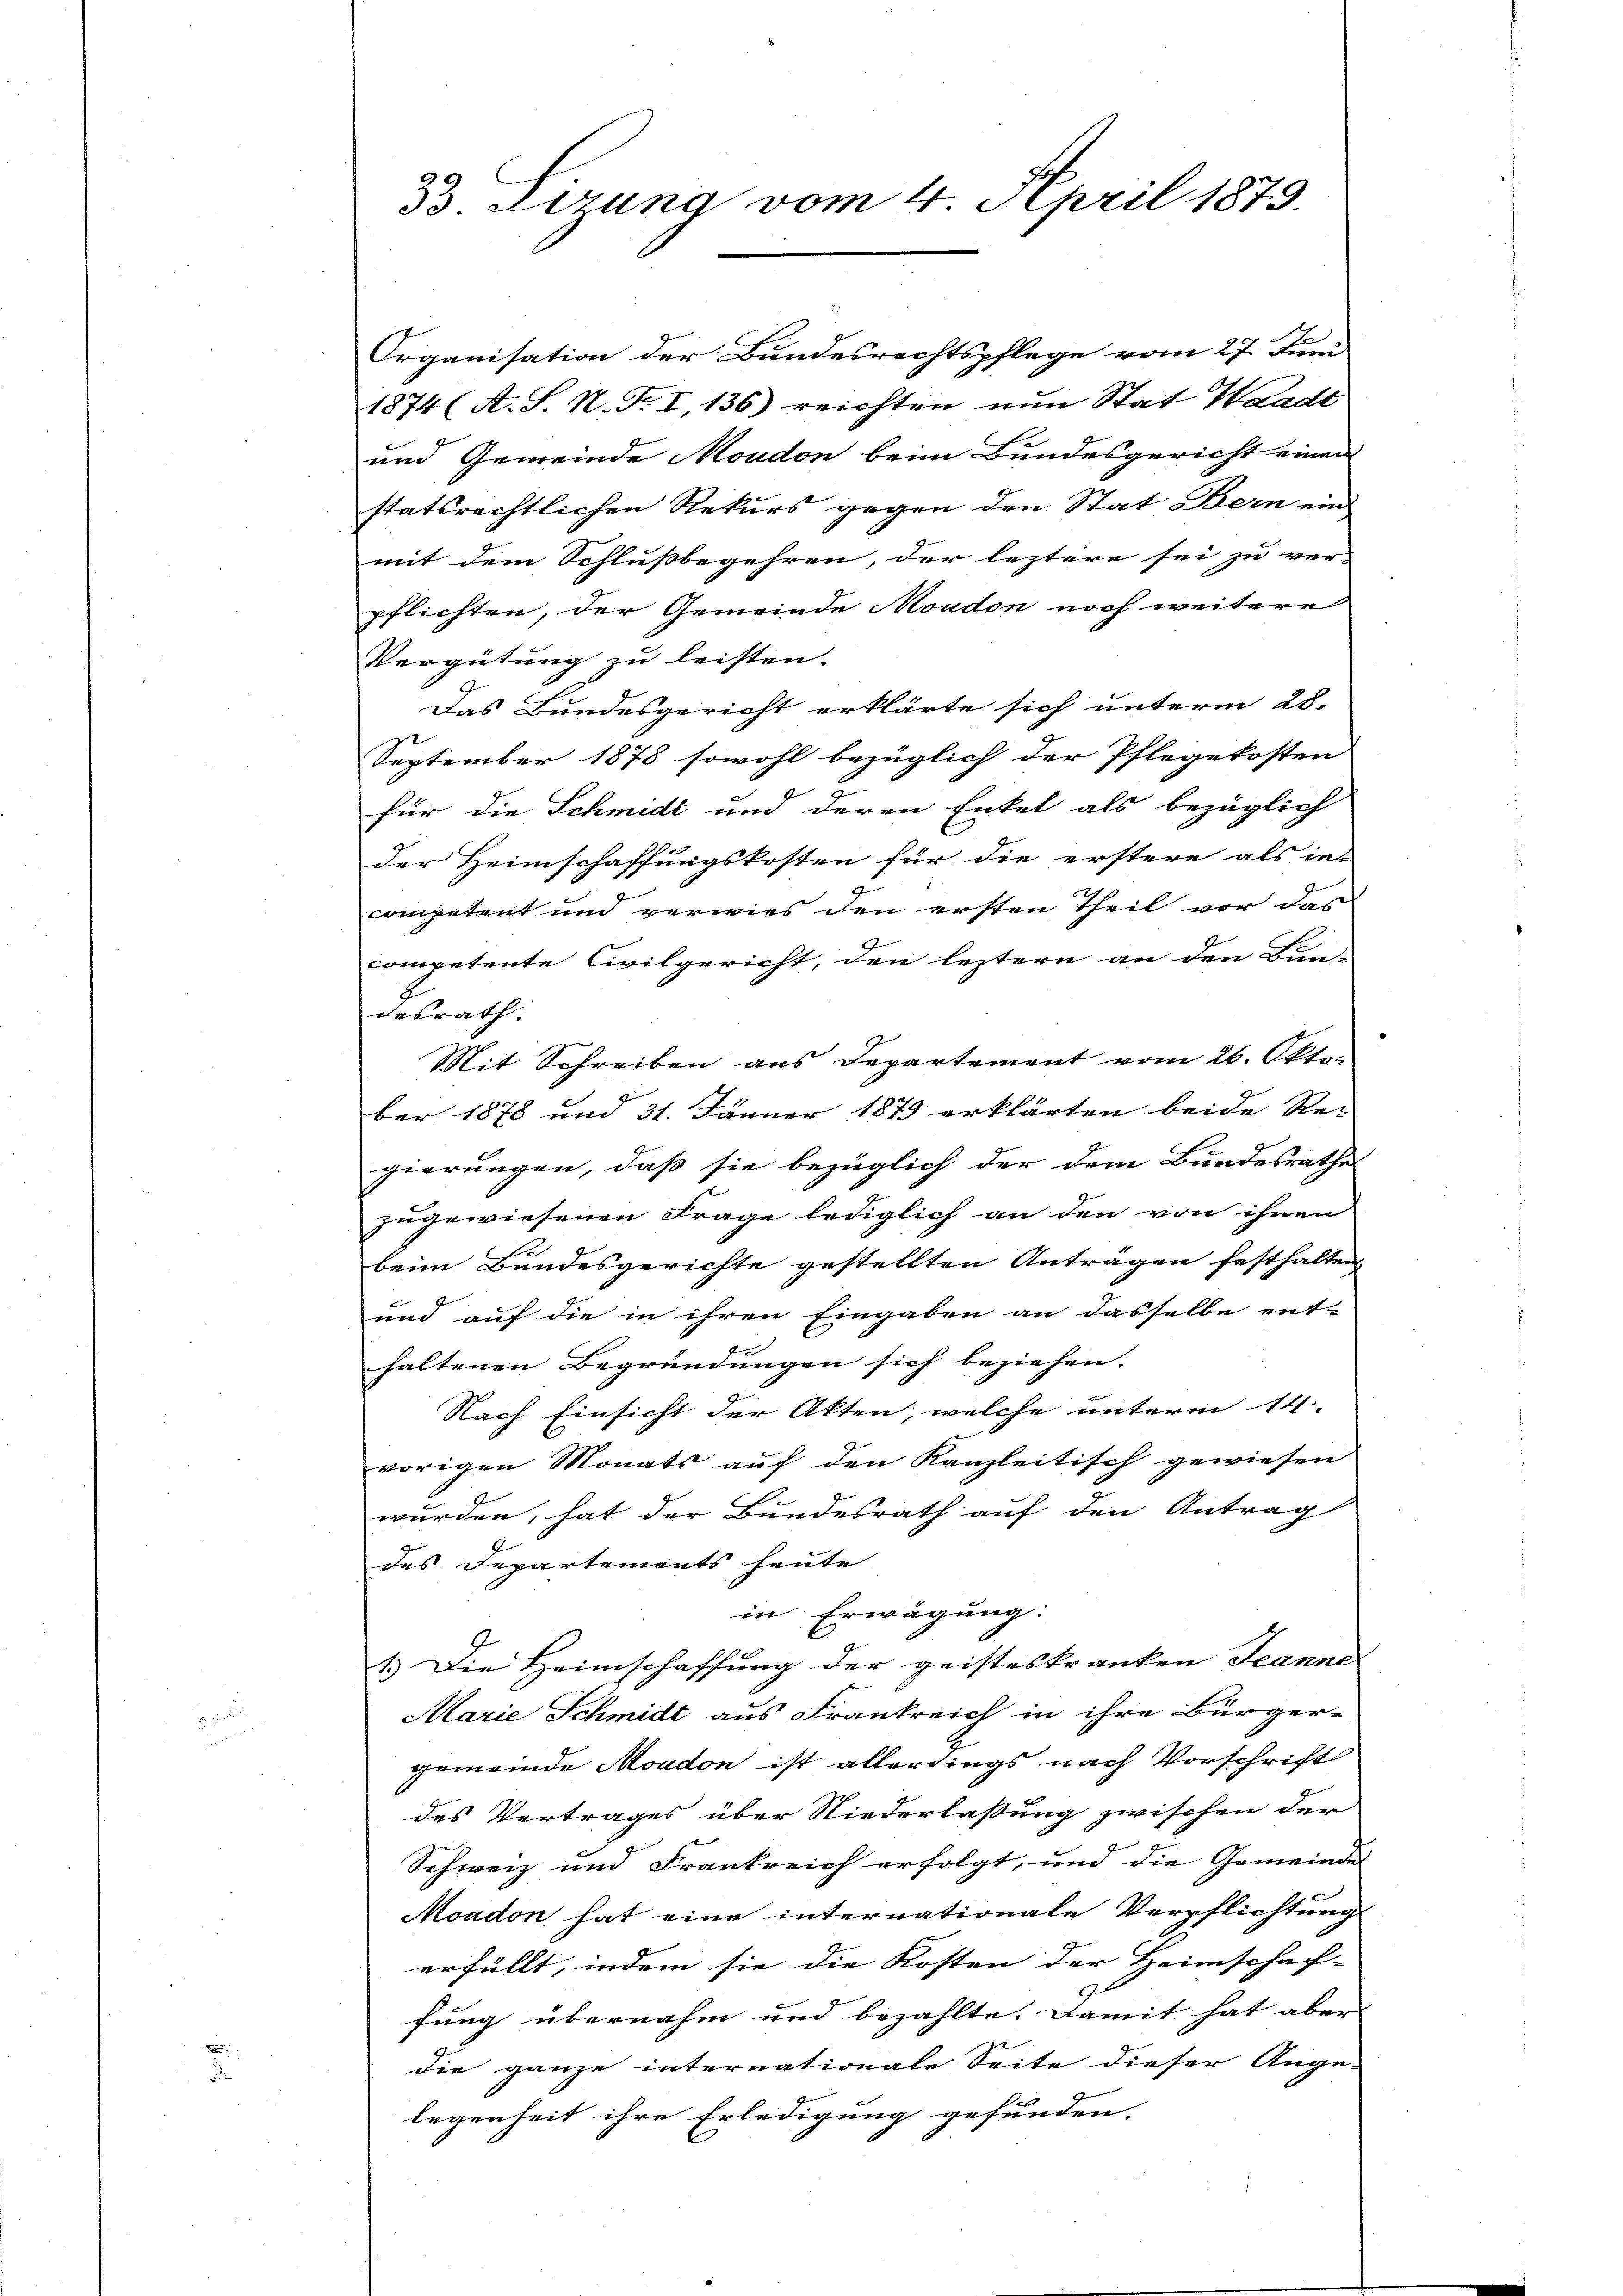
2
33 Lerung vom 4. April 1873.

E
Organisation der Bundesrechtspflege vom 27. Juni
1874 (A. S. N. F. I,136) reichten nun Stat Waadt
und Gemeinde Moudon beim Bundesgericht einen
statsrechtlichen Rekurs gegen den Stat Bern ein
mit dem Schlußbegehren, der leztere sei zu ver-
pflichten, der Gemeinde Moudon noch weitere
Vergütung zu leisten.
Das Bundesgericht erklärte sich unterm 28.
September 1878 sowohl bezüglich der Pflegekosten
für die Schmidt und deren Enkel als bezüglich
der Heimschaffungskosten für die erstere als in
competent und verwies den ersten Theil vor das
competente Civilgericht, den leztern an den Bun-
desrath:
Mit Schreiben aus Departement vom 26. Okto
ber 1878 und 31. Jänner 1873 erklärten beide Regierungen, daß sie bezüglich der dem Bundesrathes
zugewiesenen Frage lediglich an den von ihnen
beim Bundesgerichte gestellten Anträgen festhalten
und auf die in ihren Eingaben an dasselbe ent-
haltenen Begründungen sich beziehen.
Nach Einsicht der Akten, welche unterm 14.
vorigen Monats auf den Kanzleitisch gewiesen
wurden, hat der Bundesrath auf den Antrag
des Departements heute
in Erwägung:
x
1.) Die Heimschaffung der geisteskranken Jeanne |
Marie Schmidt aus Frankreich in ihre Bürger-
gemeinde Moudon ist allerdings nach Vorschrift
des Vertrages über Niederlaßung zwischen der
Schweiz und Frankreich erfolgt, und die Gemeinde
Moudon hat eine internationale Verpflichtung
erfüllt, indem sie die Kosten der Heimschaf-
fung übernahm und bezahlte. Damit hat aber
die ganze internationale Seite dieser Ange-
legenheit ihre Erledigung gefunden.